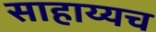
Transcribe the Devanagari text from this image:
साहाय्यच